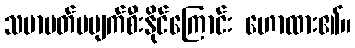
သမာပတ်မပျက်စီးနိုင်ကြောင်း ဟောထား၏။